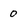
Character: 0